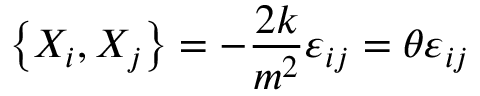
\left\{ X _ { i } , X _ { j } \right\} = - \frac { 2 k } { m ^ { 2 } } \varepsilon _ { i j } = \theta \varepsilon _ { i j }